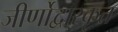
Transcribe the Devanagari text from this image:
जीर्णोद्वारकृत